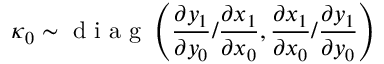
\boldsymbol \kappa _ { 0 } \sim \mathrm { ~ d ~ i ~ a ~ g ~ } \left( \frac { \partial y _ { 1 } } { \partial y _ { 0 } } / \frac { \partial x _ { 1 } } { \partial x _ { 0 } } , \frac { \partial x _ { 1 } } { \partial x _ { 0 } } / \frac { \partial y _ { 1 } } { \partial y _ { 0 } } \right)